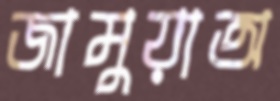
জামুয়াঅ